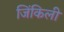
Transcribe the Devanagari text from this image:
जिंकिली